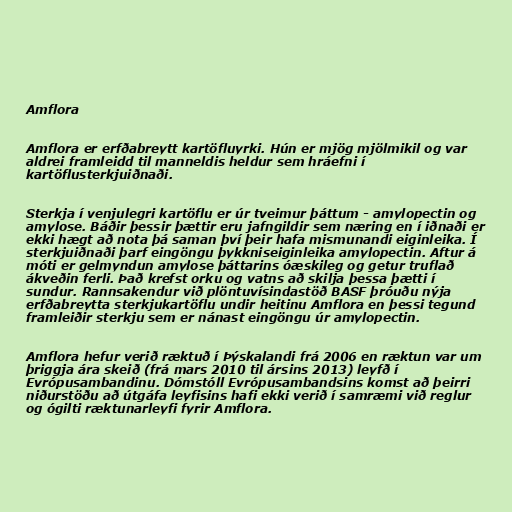
Amflora

Amflora er erfðabreytt kartöfluyrki. Hún er mjög mjölmikil og var
aldrei framleidd til manneldis heldur sem hráefni í
kartöflusterkjuiðnaði.

Sterkja í venjulegri kartöflu er úr tveimur þáttum - amylopectin og
amylose. Báðir þessir þættir eru jafngildir sem næring en í iðnaði er
ekki hægt að nota þá saman því þeir hafa mismunandi eiginleika. Í
sterkjuiðnaði þarf eingöngu þykkniseiginleika amylopectin. Aftur á
móti er gelmyndun amylose þáttarins óæskileg og getur truflað
ákveðin ferli. Það krefst orku og vatns að skilja þessa þætti í
sundur. Rannsakendur við plöntuvísindastöð BASF þróuðu nýja
erfðabreytta sterkjukartöflu undir heitinu Amflora en þessi tegund
framleiðir sterkju sem er nánast eingöngu úr amylopectin.

Amflora hefur verið ræktuð í Þýskalandi frá 2006 en ræktun var um
þriggja ára skeið (frá mars 2010 til ársins 2013) leyfð í
Evrópusambandinu. Dómstóll Evrópusambandsins komst að þeirri
niðurstöðu að útgáfa leyfisins hafi ekki verið í samræmi við reglur
og ógilti ræktunarleyfi fyrir Amflora.